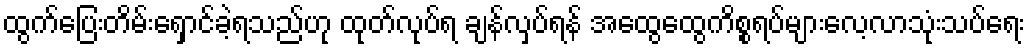
ထွက်ပြေးတိမ်းရှောင်ခဲ့ရသည်ဟု ထုတ်လုပ်ရ ချန်လှပ်ရန် အထွေထွေကိစ္စရပ်များလေ့လာသုံးသပ်ရေး